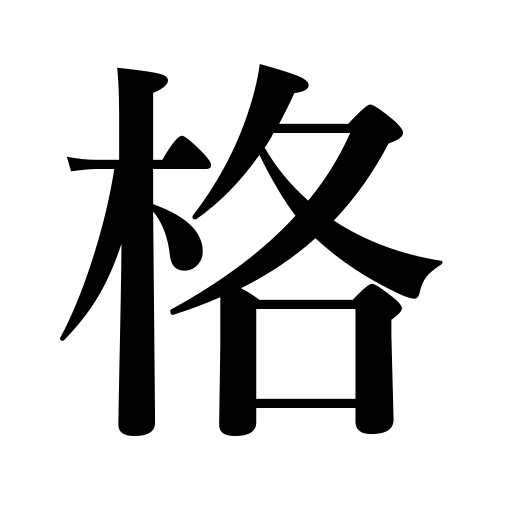
Meanings: capacity,a rule,a case in law,case in grammer,character,standard,status,rank